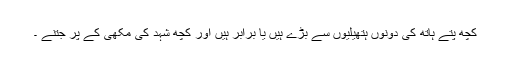
کچھ پتے ہاتھ کی دونوں ہتھیلیوں سے بڑے ہیں یا برابر ہیں اور کچھ شہد کی مکھی کے پر جتنے ۔